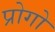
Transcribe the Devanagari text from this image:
प्रोगो